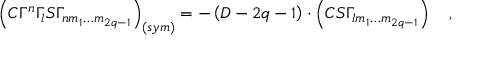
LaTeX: \left( C \Gamma ^ { n } \Gamma _ { l } S \Gamma _ { n m _ { 1 } \ldots m _ { 2 q - 1 } } \right) _ { \left( s y m \right) } = - \left( D - 2 q - 1 \right) \cdot \left( C S \Gamma _ { l m _ { 1 } \ldots m _ { 2 q - 1 } } \right) \quad ,